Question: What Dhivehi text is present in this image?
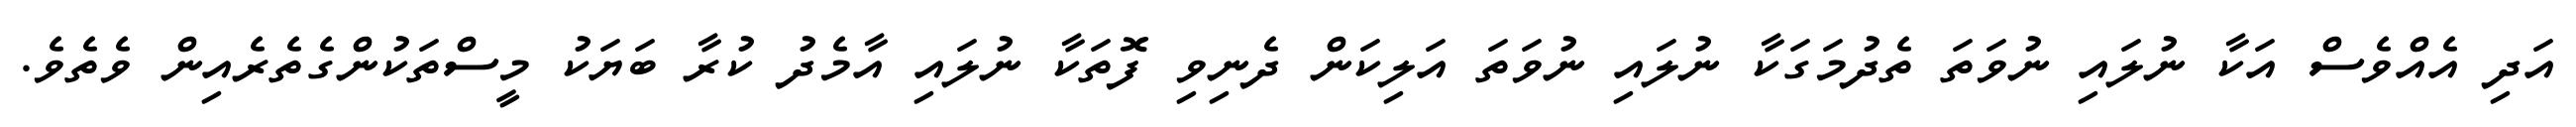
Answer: އަދި އެއްވެސް އަކާ ނުލައި ނުވަތަ ތެދުމަގަކާ ނުލައި ނުވަތަ އަލިކަން ދެނިވި ފޮތަކާ ނުލައި އާމެދު ކުރާ ބަޔަކު މީސްތަކުންގެތެރެއިން ވެތެވެ.